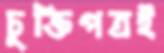
চুক্তিপত্রই